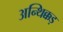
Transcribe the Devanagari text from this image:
अन्थिक्कड़